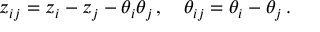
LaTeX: z _ { i j } = z _ { i } - z _ { j } - \theta _ { i } \theta _ { j } \, , \quad \theta _ { i j } = \theta _ { i } - \theta _ { j } \, .